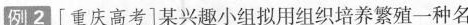
例2[重庆高考]某兴趣小组拟用组织培养繁殖一种名